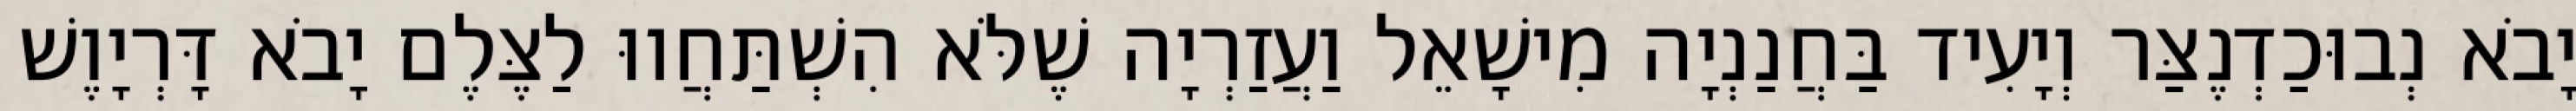
יָבֹא נְבוּכַדְנֶצַּר וְיָעִיד בַּחֲנַנְיָה מִישָׁאֵל וַעֲזַרְיָה שֶׁלֹּא הִשְׁתַּחֲווּ לַצֶּלֶם יָבֹא דָּרְיָוֶשׁ